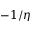
- 1 / \eta